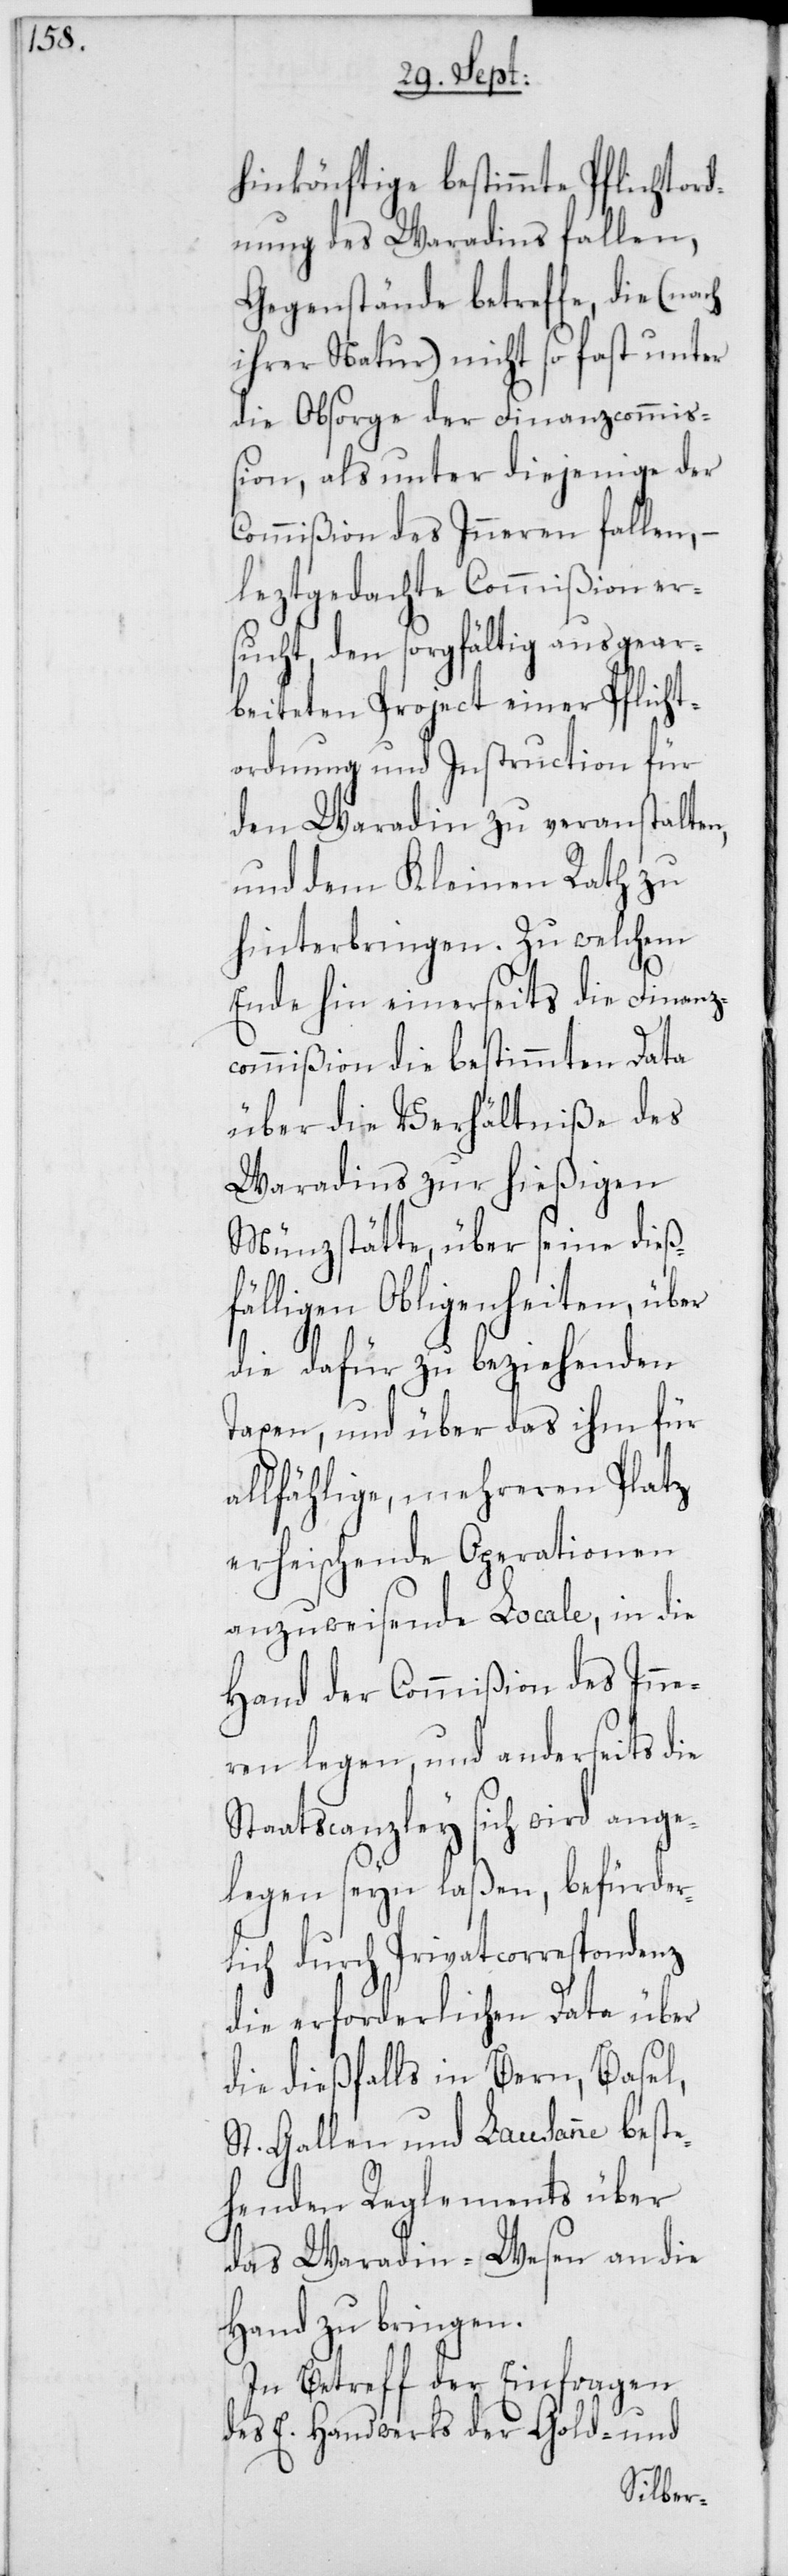
hinkönftige bestimmte Pflichtor¬
dnung des Waradins fallen,
Gegenstände betreffe, die (nach
ihrer Natur) nicht so fast unter
die Obsorge der Finanzcommiß¬
ion, als unter diejenige der
Commißion des Inneren fallen,
leztgedachte Commißion er¬
sucht, den sorgfältig ausgear¬
beiteten Project einer Pflicht¬
ordnung und Instruction für
den Waradin zu veranstalten,
und dem Kleinen Rath zu
hinterbringen. Zu welchem
Ende hin einerseits die Finanz¬
commißion die bestimmten Data
über die Verhältniße des
Waradins zur hießigen
Münzstätte, über seine dießf¬
älligen Obligenheiten,
die dafür zu beziehenden
Taxen, und über das ihm für
allfählige, mehreren Platz
erheischende Operationen
anzuweisende Locale, in die
Hand der Commißion des Inne¬
ren legen, und anderseits die
Staatscanzley sich wird ange¬
legen seyn laßen, befürder¬
lich durch Privatcorrespondenz
die erforderlichen Data über
die dießfalls in Bern, Basel,
St. Gallen und Lausanne beste¬
henden Reglements über
das Waradin-Wesen an die
Hand zu bringen.
In Betreff der Einfragen
des E. Handwerks der Gold- und